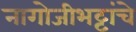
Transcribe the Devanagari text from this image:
नागोजीभट्टांचे